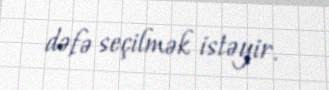
dəfə seçilmək istəyir.